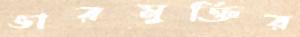
ভারমুক্তির